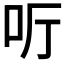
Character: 𠯸